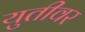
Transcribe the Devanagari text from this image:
युतीवर